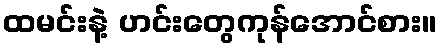
ထမင်းနဲ့ ဟင်းတွေကုန်အောင်စား။